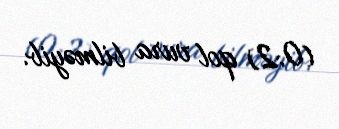
(0:2) qol vura bilməyib.